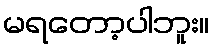
မရတော့ပါဘူး။